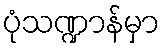
ပုံသဏ္ဍာန်မှာ